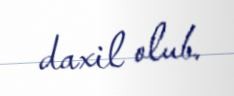
daxil olub.